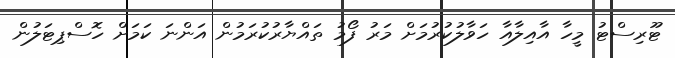
ޓޫރިސްޓު މީހާ އާއިލާއާ ހަވާލުކުރުމަށް މަރު ފޯމު ތައްޔާރުކުރަމުން އަންނަ ކަމަށް ހޮސްޕިޓަލުން